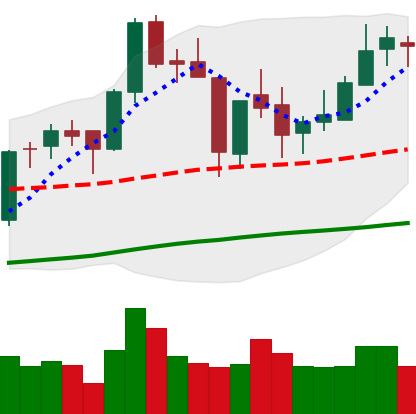
Ticker: BNB-USD
Chart end date: 2018-06-19
Forward return: -13.485%
Label: down_7plus